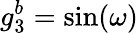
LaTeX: g_{3}^{b}=\sin(\omega)